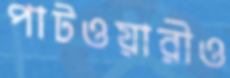
পাটওয়ারীও